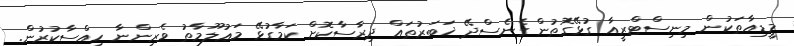
މީޑިއާތަކުން މިނިސްޓްރީއާ ގުޅޭގޮތުން ގެނެސްދޭ ޚަބަރުތައް ދިރާސާކޮށް ކަމާގުޅޭ މަޢުލޫމާތު ވެރިންނާ ހިއްސާކުރުން.